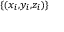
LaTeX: \scriptstyle \{ ( x _ { i } , y _ { i } , z _ { i } ) \}